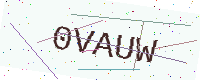
Text: 0VAUW